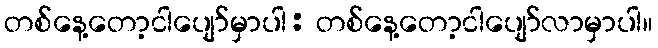
တစ်နေ့တော့ငါပျော်မှာပါ: တစ်နေ့တော့ငါပျော်လာမှာပါ။